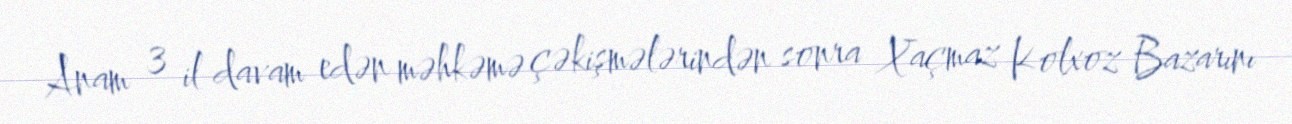
Anam 3 il davam edən məhkəmə çəkişmələrindən sonra Xaçmaz Kolxoz Bazarını